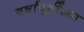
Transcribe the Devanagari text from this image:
वर्षांपूर्वींच्या